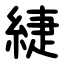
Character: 緁